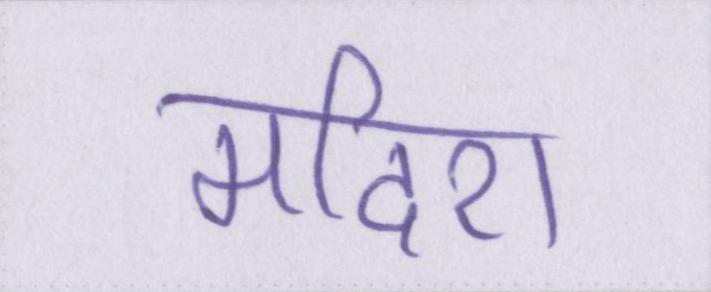
मदिरा